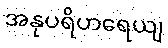
အနုပရိဟရေယျ